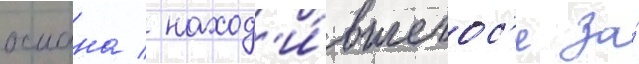
османа / наход'и́вшегос'я за́